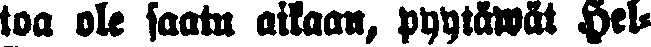
toa ole saatu aikaan, pyytävät Hel-